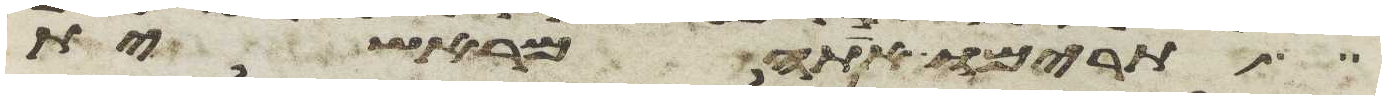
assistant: תרימו אתה מראשית